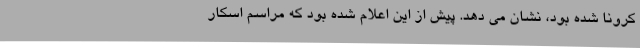
کرونا شده بود، نشان می دهد. پیش از این اعلام شده بود که مراسم اسکار